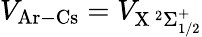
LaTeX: V_{\mathrm{Ar-Cs}}=V_{\mathrm{X\, ^{2}\Sigma_{1/2}^{+}}}